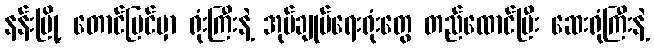
နန်းမြို့ တောင်ပြင်မှာ ရုံးကြီးနဲ့ အုပ်ချုပ်ရေးရုံးတွေ တည်ထောင်ပြီး ဆေးရုံကြီးနဲ့